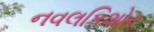
નવલકિશોર